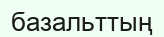
базальттың